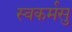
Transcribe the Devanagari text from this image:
स्वकर्मसु